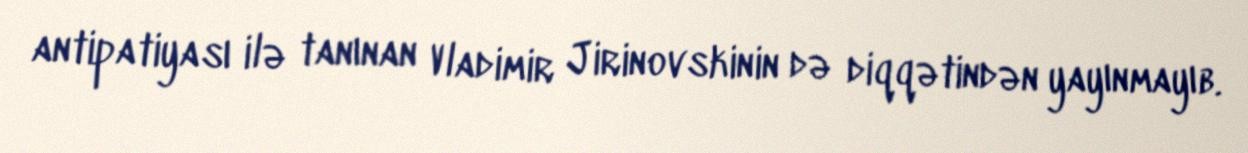
antipatiyası ilə tanınan Vladimir Jirinovskinin də diqqətindən yayınmayıb.